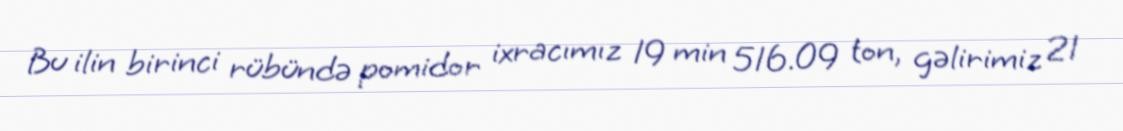
Bu ilin birinci rübündə pomidor ixracımız 19 min 516.09 ton, gəlirimiz 21